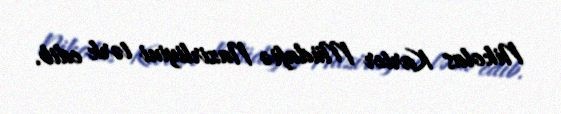
Nikolas Karter Müdafiə Nazirliyini tərk edib.